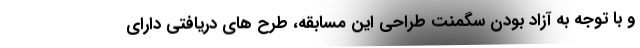
و با توجه به آزاد بودن سگمنت طراحی این مسابقه، طرح های دریافتی دارای